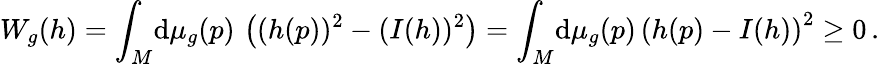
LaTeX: W_{g}(h)=\int_{M}\! \mathrm{d}\mu_{g}(p)\, \left((h(p))^{2}-(I(h))^{2}\right)=\int_{M}\! \mathrm{d}\mu_{g}(p)\, \left(h(p)-I(h)\right)^{2}\ge 0\, .